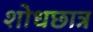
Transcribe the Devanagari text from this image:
शोधछात्र